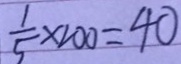
\frac { 1 } { 5 } \times 1 0 0 = 4 0